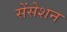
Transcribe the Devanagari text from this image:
सेंसेशन